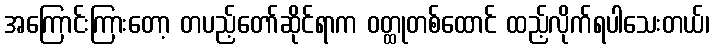
အကြောင်းကြားတော့ တပည့်တော်ဆိုင်ရာက ဝတ္ထုတစ်ထောင် ထည့်လိုက်ရပါသေးတယ်၊